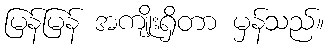
မြန်မြန် အကျိုးရှိတာ မှန်သည်။